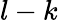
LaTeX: l-k